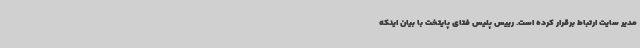
مدیر سایت ارتباط برقرار کرده است. رییس پلیس فتای پایتخت با بیان اینکه